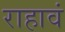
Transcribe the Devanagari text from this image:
राहावं